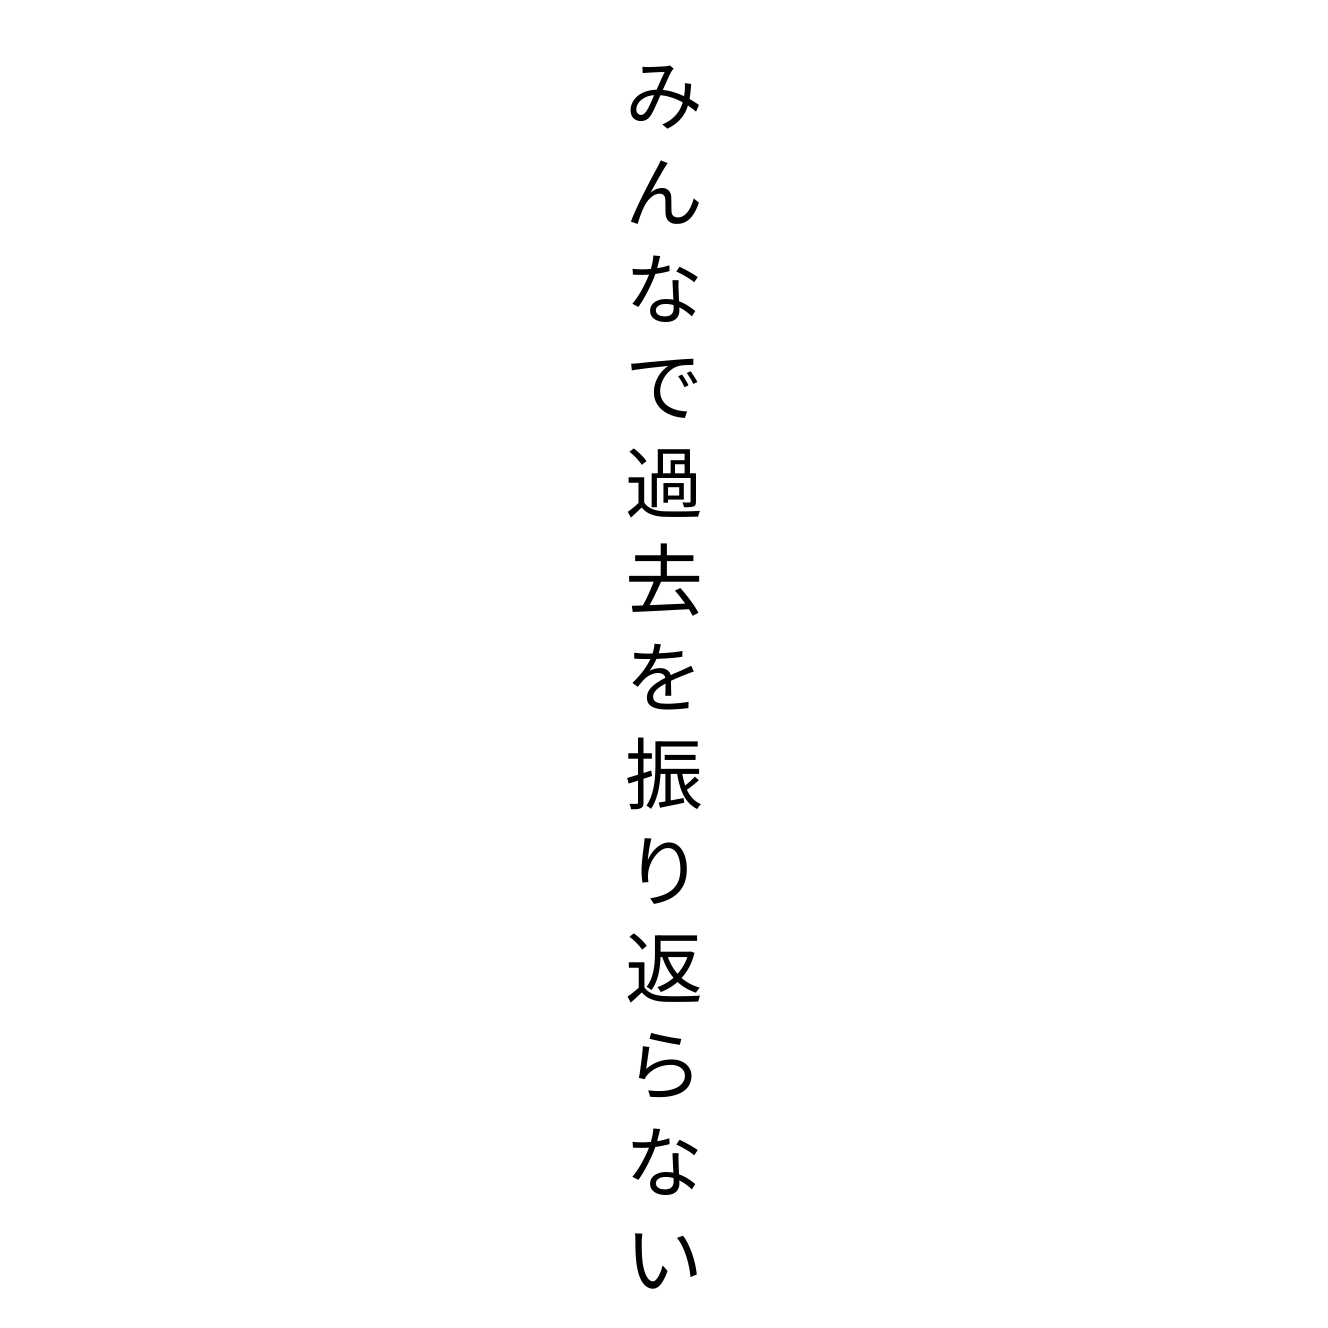
みんなで過去を振り返らない